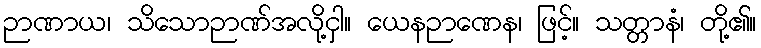
ဉာဏာယ၊ သိသောဉာဏ်အလို့ငှါ။ ယေနဉာဏေန၊ ဖြင့်။ သတ္တာနံ၊ တို့၏။